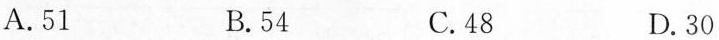
A.51 B.54 C.48 D.30